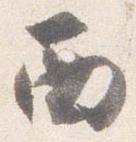
西